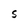
Character: S